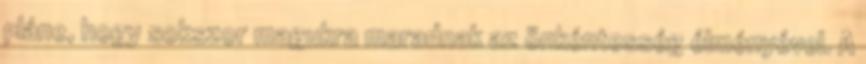
pláne, hogy sokszor magukra maradnak az önkéntesség élményével. A